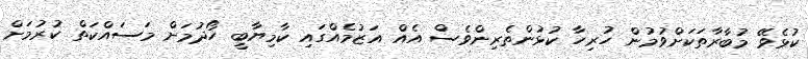
ކުޅެވޭ މުބާރާތަކަށްވުމުން ހުރިހާ ކުޅުންތެރިންވެސް އެއް އަޒުމެއްގައި ކާމިޔާބީ ހޯދުމަށް މަސައްކަތް ކުރުމަށް